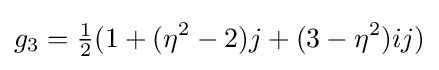
g_{3}={\tfrac {1}{2}}(1+(\eta ^{2}-2)j+(3-\eta ^{2})ij)